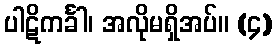
ပါဋိကင်္ခါ၊ အလိုမရှိအပ်။ (၄)